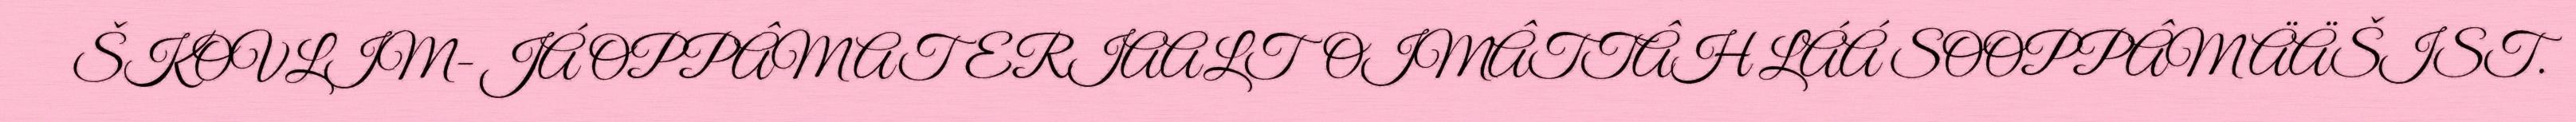
ŠKOVLIM- JÁ OPPÂMATERIAALTOIMÂTTÂH LÁÁ SOOPPÂM ÄÄŠIST.